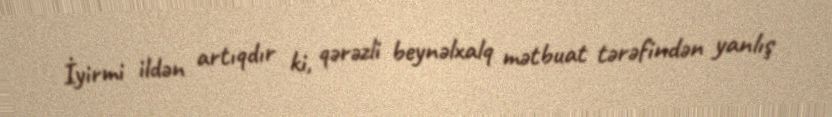
İyirmi ildən artıqdır ki, qərəzli beynəlxalq mətbuat tərəfindən yanlış